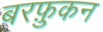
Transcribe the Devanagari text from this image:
बरफ़ुकन